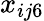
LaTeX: x_{ij6}